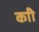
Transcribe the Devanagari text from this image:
काी